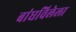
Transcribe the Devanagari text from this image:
बांधविलेला